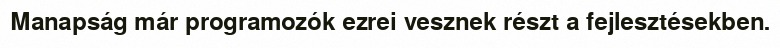
Manapság már programozók ezrei vesznek részt a fejlesztésekben.